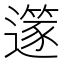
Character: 𨗹